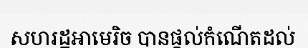
សហរដ្ឋអាមេរិច បានផ្តល់កំណើតដល់